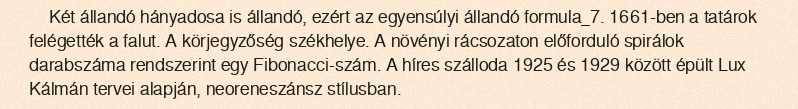
Két állandó hányadosa is állandó, ezért az egyensúlyi állandó formula_7. 1661-ben a tatárok felégették a falut. A körjegyzőség székhelye. A növényi rácsozaton előforduló spirálok darabszáma rendszerint egy Fibonacci-szám. A híres szálloda 1925 és 1929 között épült Lux Kálmán tervei alapján, neoreneszánsz stílusban.